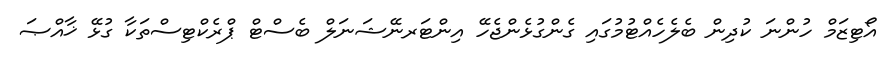
އޯޓިޒަމް ހުންނަ ކުދިން ބެލެހެއްޓުމުގައި ގެންގުޅެންޖެހޭ އިންޓަރނޭޝަނަލް ބެސްޓް ޕްރެކްޓިސްތަކާ ގުޅޭ ޚާއްޞަ